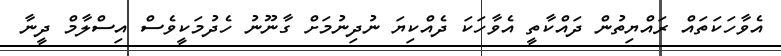
އެވާހަކަތައް ރައްޔިތުން ދައްކާތީ އެވާހަކަ ދެއްކިޔަ ނުދިނުމަށް ގާނޫނު ހެދުމަކީވެސް އިސްލާމް ދީނާ